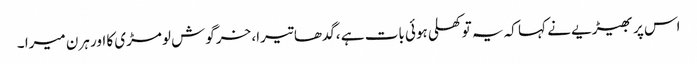
اس پر بھیڑیے نے کہا کہ یہ تو کھلی ہوئی بات ہے ،گدھا تیرا، خرگوش لومڑی کا اور ہرن میرا ۔